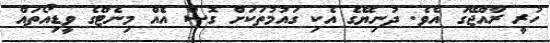
ހުރީ ރާއްޖޭގަ އެވެ. ދުނިޔޭގެ އެކި ގައުމުތަކަށް ގޮސް އެއް މިނެޓްގެ ވީޑިއޯތައް